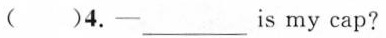
( )4.-___ is my cap?